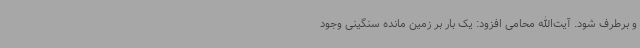
و برطرف شود. آیت‌الله محامی افزود: یک بار بر زمین مانده سنگینی وجود